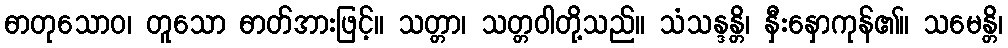
ဓာတုသောဝ၊ တူသော ဓာတ်အားဖြင့်။ သတ္တာ၊ သတ္တဝါတို့သည်။ သံသန္ဒန္တိ၊ နှီးနှောကုန်၏။ သမေန္တိ၊